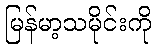
မြန်မာ့သမိုင်းကို